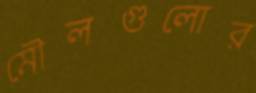
মৌলগুলোর